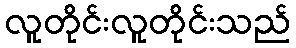
လူတိုင်းလူတိုင်းသည်